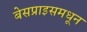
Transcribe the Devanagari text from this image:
बेसप्राइसमधून